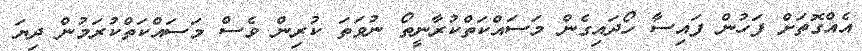
އެއްގޮތަށް ފަހުން ފައިސާ ހޯދައިގެން މަސައްކަތްކުރާނީތޯ ނުވަތަ ކުރިން ވެސް މަސައްކަތްކުރަމުން ދިޔަ